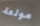
مولعة